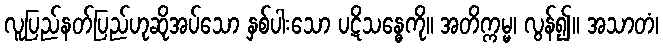
လူပြည်နတ်ပြည်ဟုဆိုအပ်သော နှစ်ပါးသော ပဋိသန္ဓေကို။ အတိက္ကမ္မ၊ လွန်၍။ အသာတံ၊